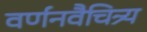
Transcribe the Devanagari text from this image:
वर्णनवैचित्र्य